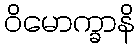
ဝိမောက္ခာနိ